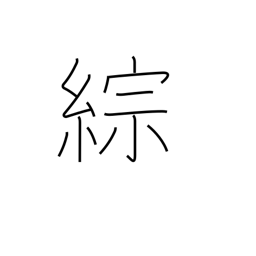
Meaning: synthesize